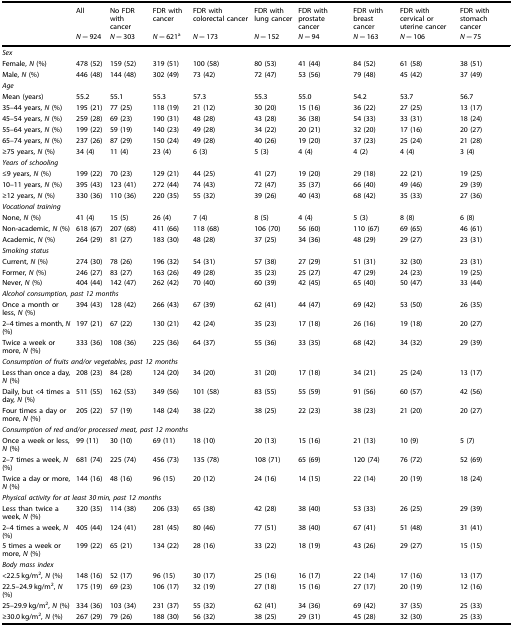
<table><thead><tr><td></td><td><b>All</b></td><td><b>No FDR with cancer</b></td><td><b>FDR with cancer</b></td><td><b>FDR with colorectal cancer</b></td><td><b>FDR with lung cancer</b></td><td><b>FDR with prostate cancer</b></td><td><b>FDR with breast cancer</b></td><td><b>FDR with cervical or uterine cancer</b></td><td><b>FDR with stomach cancer</b></td></tr><tr><td></td><td><b><i>N</i> = 924</b></td><td><b><i>N</i> = 303</b></td><td><b><i>N</i> = 621<sup>a</sup></b></td><td><b><i>N</i> = 173</b></td><td><b><i>N</i> = 152</b></td><td><b><i>N</i> = 94</b></td><td><b><i>N</i> = 163</b></td><td><b><i>N</i> = 106</b></td><td><b><i>N</i> = 75</b></td></tr></thead><tbody><tr><td colspan="10"><i>Sex</i></td></tr><tr><td>Female, <i>N</i> (%)</td><td>478 (52)</td><td>159 (52)</td><td>319 (51)</td><td>100 (58)</td><td>80 (53)</td><td>41 (44)</td><td>84 (52)</td><td>61 (58)</td><td>38 (51)</td></tr><tr><td>Male, <i>N</i> (%)</td><td>446 (48)</td><td>144 (48)</td><td>302 (49)</td><td>73 (42)</td><td>72 (47)</td><td>53 (56)</td><td>79 (48)</td><td>45 (42)</td><td>37 (49)</td></tr><tr><td colspan="10"><i>Age</i></td></tr><tr><td>Mean (years)</td><td>55.2</td><td>55.1</td><td>55.3</td><td>57.3</td><td>55.3</td><td>55.0</td><td>54.2</td><td>53.7</td><td>56.7</td></tr><tr><td>35–44 years, <i>N</i> (%)</td><td>195 (21)</td><td>77 (25)</td><td>118 (19)</td><td>21 (12)</td><td>30 (20)</td><td>15 (16)</td><td>36 (22)</td><td>27 (25)</td><td>13 (17)</td></tr><tr><td>45–54 years, <i>N</i> (%)</td><td>259 (28)</td><td>69 (23)</td><td>190 (31)</td><td>48 (28)</td><td>43 (28)</td><td>36 (38)</td><td>54 (33)</td><td>33 (31)</td><td>18 (24)</td></tr><tr><td>55–64 years, <i>N</i> (%)</td><td>199 (22)</td><td>59 (19)</td><td>140 (23)</td><td>49 (28)</td><td>34 (22)</td><td>20 (21)</td><td>32 (20)</td><td>17 (16)</td><td>20 (27)</td></tr><tr><td>65–74 years, <i>N</i> (%)</td><td>237 (26)</td><td>87 (29)</td><td>150 (24)</td><td>49 (28)</td><td>40 (26)</td><td>19 (20)</td><td>37 (23)</td><td>25 (24)</td><td>21 (28)</td></tr><tr><td>≥75 years, <i>N</i> (%)</td><td>34 (4)</td><td>11 (4)</td><td>23 (4)</td><td>6 (3)</td><td>5 (3)</td><td>4 (4)</td><td>4 (2)</td><td>4 (4)</td><td>3 (4)</td></tr><tr><td colspan="10"><i>Years of schooling</i></td></tr><tr><td>≤9 years, <i>N</i> (%)</td><td>199 (22)</td><td>70 (23)</td><td>129 (21)</td><td>44 (25)</td><td>41 (27)</td><td>19 (20)</td><td>29 (18)</td><td>22 (21)</td><td>19 (25)</td></tr><tr><td>10–11 years, <i>N</i> (%)</td><td>395 (43)</td><td>123 (41)</td><td>272 (44)</td><td>74 (43)</td><td>72 (47)</td><td>35 (37)</td><td>66 (40)</td><td>49 (46)</td><td>29 (39)</td></tr><tr><td>≥12 years, <i>N</i> (%)</td><td>330 (36)</td><td>110 (36)</td><td>220 (35)</td><td>55 (32)</td><td>39 (26)</td><td>40 (43)</td><td>68 (42)</td><td>35 (33)</td><td>27 (36)</td></tr><tr><td colspan="10"><i>Vocational training</i></td></tr><tr><td>None, <i>N</i> (%)</td><td>41 (4)</td><td>15 (5)</td><td>26 (4)</td><td>7 (4)</td><td>8 (5)</td><td>4 (4)</td><td>5 (3)</td><td>8 (8)</td><td>6 (8)</td></tr><tr><td>Non-academic, <i>N</i> (%)</td><td>618 (67)</td><td>207 (68)</td><td>411 (66)</td><td>118 (68)</td><td>106 (70)</td><td>56 (60)</td><td>110 (67)</td><td>69 (65)</td><td>46 (61)</td></tr><tr><td>Academic, <i>N</i> (%)</td><td>264 (29)</td><td>81 (27)</td><td>183 (30)</td><td>48 (28)</td><td>37 (25)</td><td>34 (36)</td><td>48 (29)</td><td>29 (27)</td><td>23 (31)</td></tr><tr><td colspan="10"><i>Smoking status</i></td></tr><tr><td>Current, <i>N</i> (%)</td><td>274 (30)</td><td>78 (26)</td><td>196 (32)</td><td>54 (31)</td><td>57 (38)</td><td>27 (29)</td><td>51 (31)</td><td>32 (30)</td><td>23 (31)</td></tr><tr><td>Former, <i>N</i> (%)</td><td>246 (27)</td><td>83 (27)</td><td>163 (26)</td><td>49 (28)</td><td>35 (23)</td><td>25 (27)</td><td>47 (29)</td><td>24 (23)</td><td>19 (25)</td></tr><tr><td>Never, <i>N</i> (%)</td><td>404 (44)</td><td>142 (47)</td><td>262 (42)</td><td>70 (40)</td><td>60 (39)</td><td>42 (45)</td><td>65 (40)</td><td>50 (47)</td><td>33 (44)</td></tr><tr><td colspan="10"><i>Alcohol consumption, past 12 months</i></td></tr><tr><td>Once a month or less, <i>N</i> (%)</td><td>394 (43)</td><td>128 (42)</td><td>266 (43)</td><td>67 (39)</td><td>62 (41)</td><td>44 (47)</td><td>69 (42)</td><td>53 (50)</td><td>26 (35)</td></tr><tr><td>2–4 times a month, <i>N</i> (%)</td><td>197 (21)</td><td>67 (22)</td><td>130 (21)</td><td>42 (24)</td><td>35 (23)</td><td>17 (18)</td><td>26 (16)</td><td>19 (18)</td><td>20 (27)</td></tr><tr><td>Twice a week or more, <i>N</i> (%)</td><td>333 (36)</td><td>108 (36)</td><td>225 (36)</td><td>64 (37)</td><td>55 (36)</td><td>33 (35)</td><td>68 (42)</td><td>34 (32)</td><td>29 (39)</td></tr><tr><td colspan="10"><i>Consumption of fruits and/or vegetables, past 12 months</i></td></tr><tr><td>Less than once a day, <i>N</i> (%)</td><td>208 (23)</td><td>84 (28)</td><td>124 (20)</td><td>34 (20)</td><td>31 (20)</td><td>17 (18)</td><td>34 (21)</td><td>25 (24)</td><td>13 (17)</td></tr><tr><td>Daily, but &lt;4 times a day, <i>N</i> (%)</td><td>511 (55)</td><td>162 (53)</td><td>349 (56)</td><td>101 (58)</td><td>83 (55)</td><td>55 (59)</td><td>91 (56)</td><td>60 (57)</td><td>42 (56)</td></tr><tr><td>Four times a day or more, <i>N</i> (%)</td><td>205 (22)</td><td>57 (19)</td><td>148 (24)</td><td>38 (22)</td><td>38 (25)</td><td>22 (23)</td><td>38 (23)</td><td>21 (20)</td><td>20 (27)</td></tr><tr><td colspan="10"><i>Consumption of red and/or processed meat, past 12 months</i></td></tr><tr><td>Once a week or less, <i>N</i> (%)</td><td>99 (11)</td><td>30 (10)</td><td>69 (11)</td><td>18 (10)</td><td>20 (13)</td><td>15 (16)</td><td>21 (13)</td><td>10 (9)</td><td>5 (7)</td></tr><tr><td>2–7 times a week, <i>N</i> (%)</td><td>681 (74)</td><td>225 (74)</td><td>456 (73)</td><td>135 (78)</td><td>108 (71)</td><td>65 (69)</td><td>120 (74)</td><td>76 (72)</td><td>52 (69)</td></tr><tr><td>Twice a day or more, <i>N</i> (%)</td><td>144 (16)</td><td>48 (16)</td><td>96 (15)</td><td>20 (12)</td><td>24 (16)</td><td>14 (15)</td><td>22 (14)</td><td>20 (19)</td><td>18 (24)</td></tr><tr><td colspan="10"><i>Physical activity for at least 30 min, past 12 months</i></td></tr><tr><td>Less than twice a week, <i>N</i> (%)</td><td>320 (35)</td><td>114 (38)</td><td>206 (33)</td><td>65 (38)</td><td>42 (28)</td><td>38 (40)</td><td>53 (33)</td><td>26 (25)</td><td>29 (39)</td></tr><tr><td>2–4 times a week, <i>N</i> (%)</td><td>405 (44)</td><td>124 (41)</td><td>281 (45)</td><td>80 (46)</td><td>77 (51)</td><td>38 (40)</td><td>67 (41)</td><td>51 (48)</td><td>31 (41)</td></tr><tr><td>5 times a week or more, <i>N</i> (%)</td><td>199 (22)</td><td>65 (21)</td><td>134 (22)</td><td>28 (16)</td><td>33 (22)</td><td>18 (19)</td><td>43 (26)</td><td>29 (27)</td><td>15 (15)</td></tr><tr><td colspan="10"><i>Body mass index</i></td></tr><tr><td>&lt;22.5 kg/m<sup>2</sup>, <i>N</i> (%)</td><td>148 (16)</td><td>52 (17)</td><td>96 (15)</td><td>30 (17)</td><td>25 (16)</td><td>16 (17)</td><td>22 (14)</td><td>17 (16)</td><td>13 (17)</td></tr><tr><td>22.5–24.9 kg/m<sup>2</sup>, <i>N</i> (%)</td><td>175 (19)</td><td>69 (23)</td><td>106 (17)</td><td>32 (19)</td><td>27 (18)</td><td>15 (16)</td><td>27 (17)</td><td>20 (19)</td><td>12 (16)</td></tr><tr><td>25–29.9 kg/m<sup>2</sup>, <i>N</i> (%)</td><td>334 (36)</td><td>103 (34)</td><td>231 (37)</td><td>55 (32)</td><td>62 (41)</td><td>34 (36)</td><td>69 (42)</td><td>37 (35)</td><td>25 (33)</td></tr><tr><td>≥30.0 kg/m<sup>2</sup>, <i>N</i> (%)</td><td>267 (29)</td><td>79 (26)</td><td>188 (30)</td><td>56 (32)</td><td>38 (25)</td><td>29 (31)</td><td>45 (28)</td><td>32 (30)</td><td>25 (33)</td></tr></tbody></table>